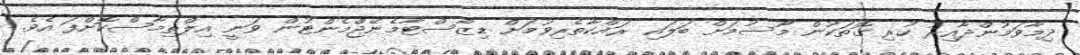
ދިމާވަމުންދާއިރު ހުރި ގޮތަކުން މޫސުމަށް ބަލައި ރައްކާތެރިވުމަށް ޑިޒާސްޓާމެނޭޖްމެންޓުން ވަނީ އިލްތިމާސްކޮށްފަ އެވެ.